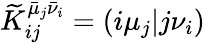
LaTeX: \widetilde{K}_{ij}^{\bar{\mu}_{j}\bar{\nu}_{i}}=(i\mu_{j}\vert j\nu_{i})